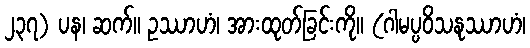
၂၃၇) ပန၊ ဆက်။ ဥဿာဟံ၊ အားထုတ်ခြင်းကို။ (ဂါမပ္ပဝိသနုဿာဟံ၊